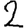
Digit: 2